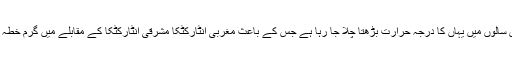
[2] گزشتہ چالیس سالوں میں یہاں کا درجہ حرارت بڑھتا چلا جا رہا ہے جس کے باعث مغربی انٹارکٹکا مشرقی انٹارکٹکا کے مقابلے میں گرم خطہ قرار پایا گیا ہے۔